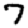
Digit: 7